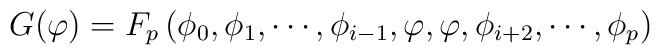
G(\varphi)  = F_p \left( \phi_0, \phi_1, \cdots, \phi_{i-1},\varphi, \varphi, \phi_{i+2}, \cdots, \phi_p \right)